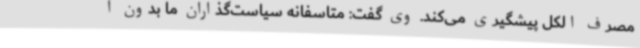
مصرف الکل پیشگیری می‌کند. وی گفت: متاسفانه سیاست‌گذاران ما بدون آ